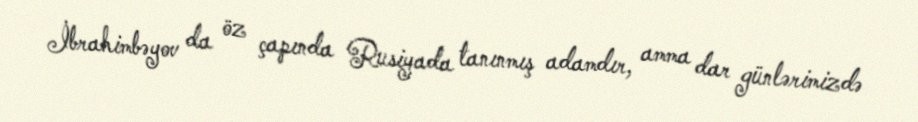
İbrahimbəyov da öz çapında Rusiyada tanınmış adamdır, amma dar günlərimizdə